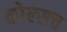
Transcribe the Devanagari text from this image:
कोल्सच